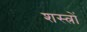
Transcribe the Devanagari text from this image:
शस्‍त्रों